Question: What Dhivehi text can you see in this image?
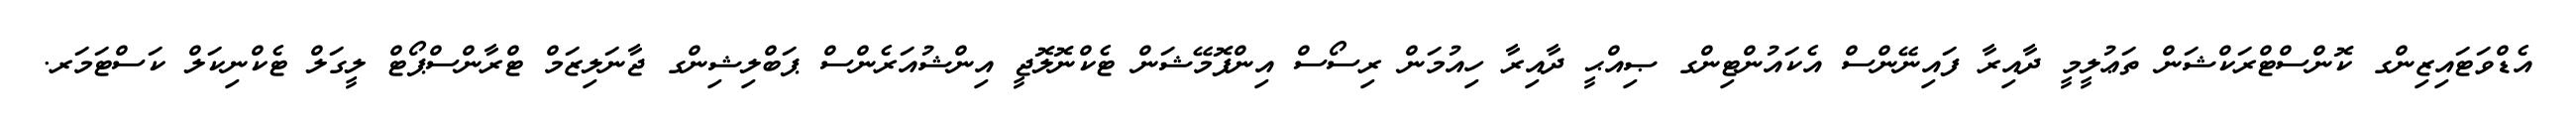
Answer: އެޑްވަޓައިޒިންގ ކޮންސްޓްރަކްޝަން ތަޢުލީމީ ދާއިރާ ފައިނޭންސް އެކައުންޓިންގ ޞިއްޙީ ދާއިރާ ހިއުމަން ރިސޯސް އިންފޮމޭޝަން ޓެކްނޮލޮޖީ އިންޝުއަރެންސް ޕަބްލިޝިންގ ޖާނަލިޒަމް ޓްރާންސްޕޯޓް ލީގަލް ޓެކްނިކަލް ކަސްޓަމަރ.